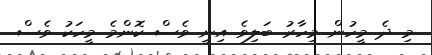
މި ދެ މީހުން މިހާރު ބަލިވެ އިނީ ވެސް ކޮންމެ މީހަކު ވެސް